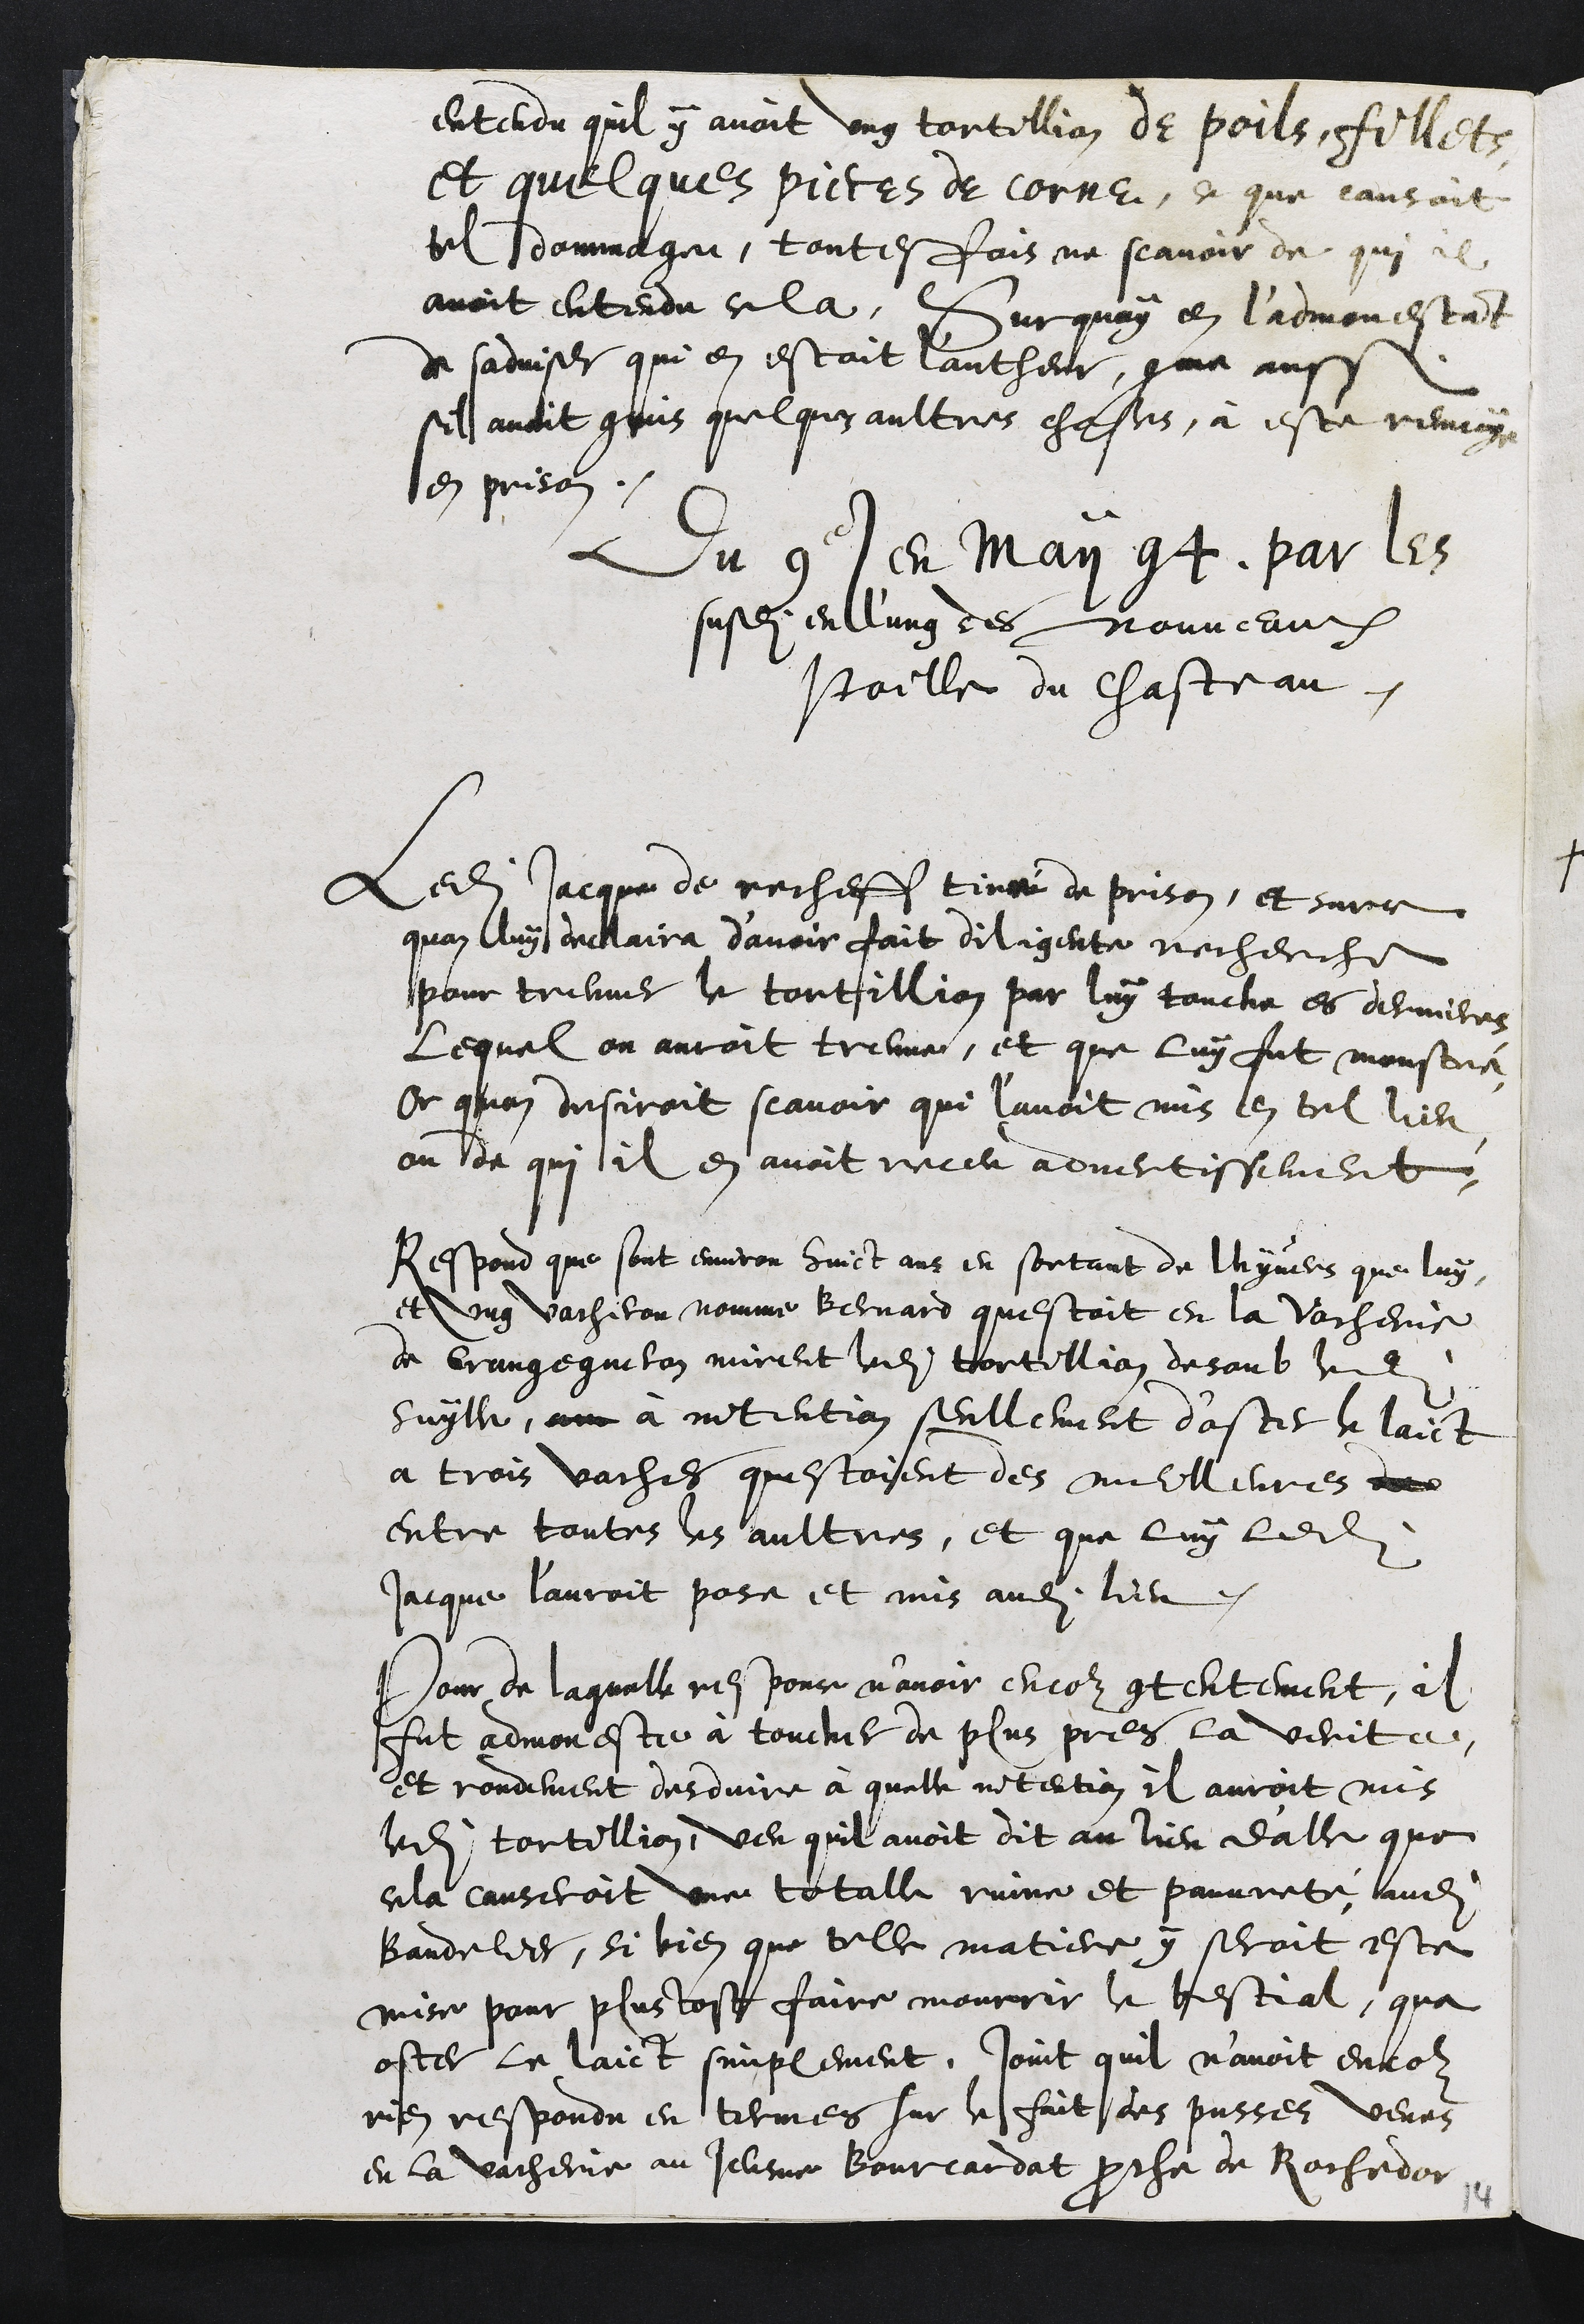
entendu quil y avoit ung tortellion de poils fillets,
et quelques pieces de corne, ce que causoit
tel dommage, toutesfois ne scavoir de qui il
avoit entendu cela, Surquoy en l'admonestant
de sadviser qui en estoit l'autheur, comme aussi
sil avoit commis quelques aultres choses, à esté renvoye
en prison.
Du 9e en may 94 par les
susdits en l'ung des nouveaux
Poille du chasteau.
Ledit Jacque de recheff tiré de prison, et surce
quon luy declaira d’avoir fait diligente recherche
pour treuver le tortillion par luy touche es dernieres
lequel on auroit treuvé, et que luy fut monstré
Or quon desiroit scavoir que l'avoit mis en tel lieu
ou de qui il en avoit receu advertissement
Respond que sont environ huict ans en sortant de lhyvers que luy
et ung vacheron nomme Bernard questoit en la vacherie
de Grangeguelon mirent ledit tortillion desoub ledit
suylle, au à intention seullement d'oster le laict
a trois vaches questoient des meilleures du
entre toutes les aultres, et que luy ledit
Jacque l'auroit pose et mis audit lieu.
Pour de laquelle res pour n’avoir encor contentement, il
fut admonesté à toucher de plus pres la verite
et rondement desduire à quelle intention il auroit mis
ledit tortillion, veu quil avoit dit au lieu d'alle que
cela causeroit une totalle ruine et pauvreté audit
bandelier, si bien que telle matiere y seroit este
mise pour plus tost faire mourrir le bestial, que
oster le laict simplement. Joint quil n’avoit encor
rien respondu en termes sur le fait des pusses veues
en la vacherie au Jeusne Bourcardat proche de Rochedor